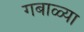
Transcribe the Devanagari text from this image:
गबाळ्या